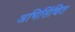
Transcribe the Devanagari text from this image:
अभिसिंचित